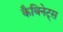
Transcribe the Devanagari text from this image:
कैबिनेट्स